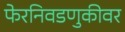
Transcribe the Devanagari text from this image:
फेरनिवडणुकीवर